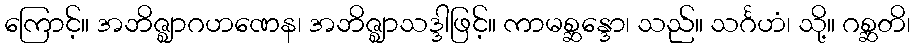
ကြောင့်။ အဘိဇ္ဈာဂဟဏေန၊ အဘိဇ္ဈာသဒ္ဒါဖြင့်။ ကာမစ္ဆန္ဒော၊ သည်။ သင်္ဂဟံ၊ သို့။ ဂစ္ဆတိ၊